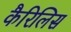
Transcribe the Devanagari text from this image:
कैरिलिस